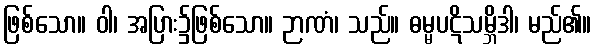
ဖြစ်သော။ ဝါ၊ အပြား၌ဖြစ်သော။ ဉာဏံ၊ သည်။ ဓမ္မပဋိသမ္ဘိဒါ၊ မည်၏။